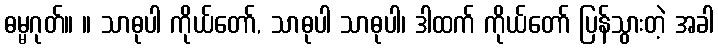
ဓမ္မဂုတ်။ ။ သာဓုပါ ကိုယ်တော်, သာဓုပါ သာဓုပါ၊ ဒါထက် ကိုယ်တော် ပြန်သွားတဲ့ အခါ